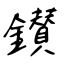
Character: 鑚